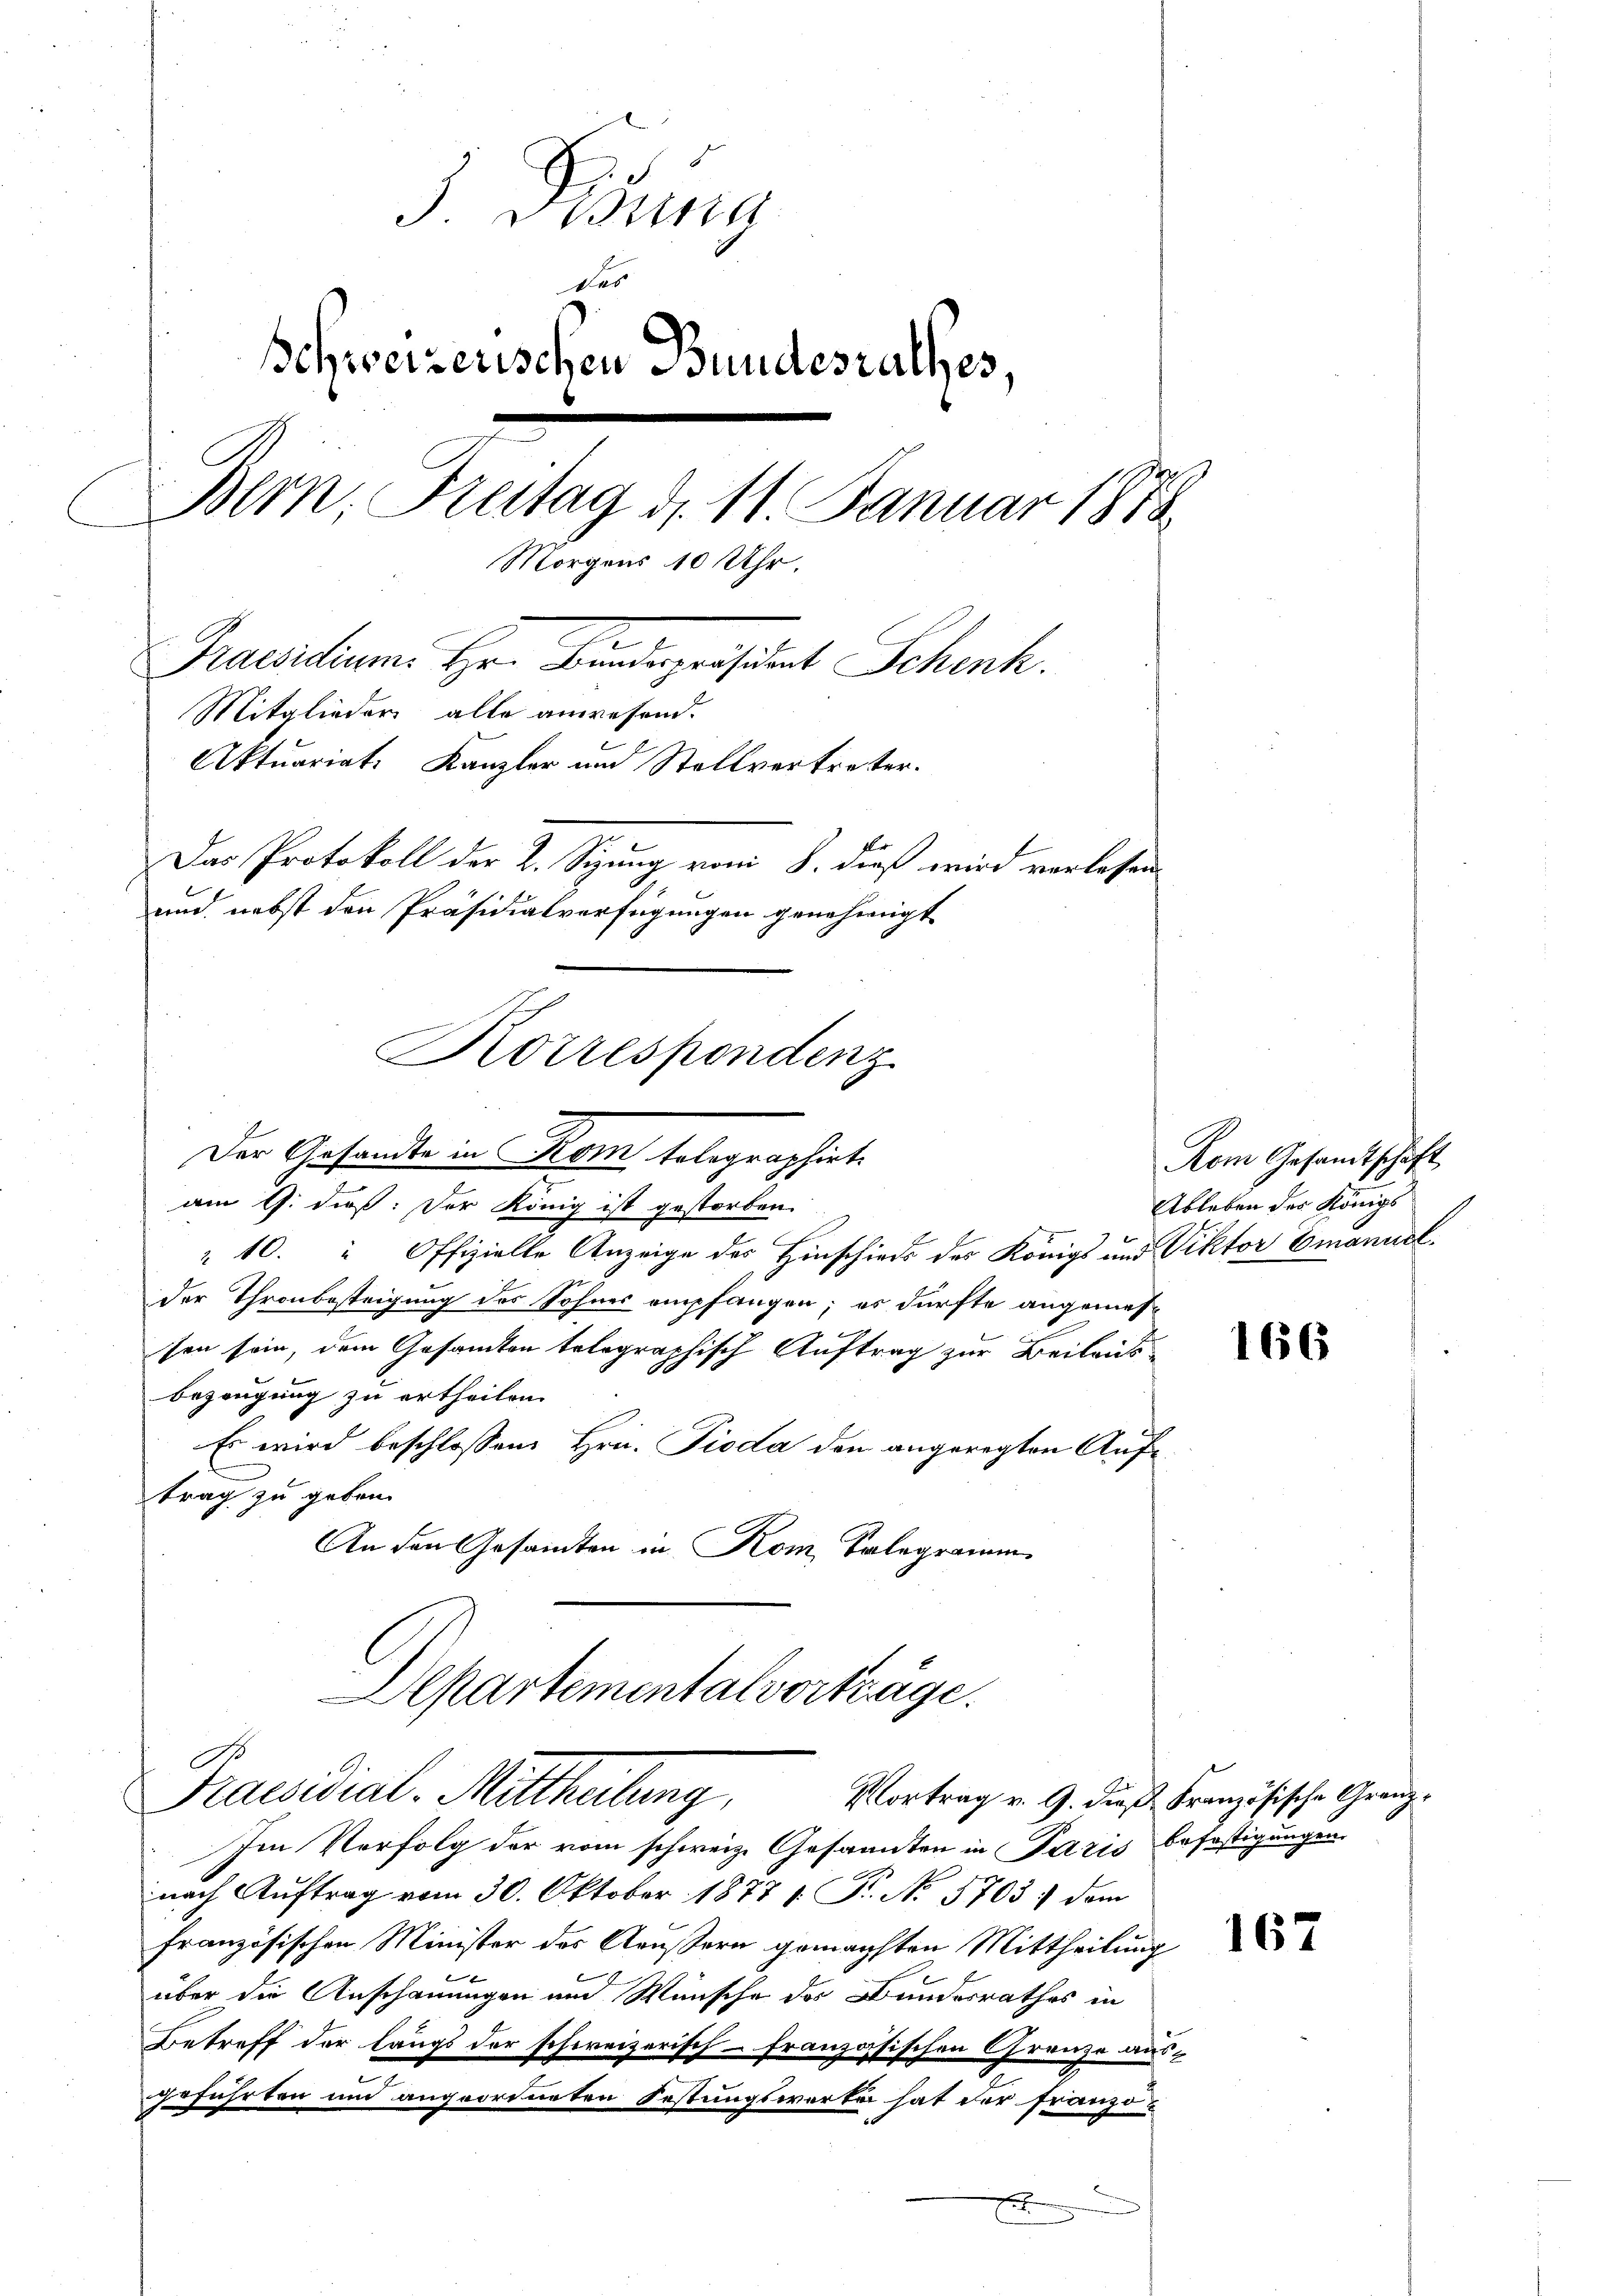
J. Bistung
des
schweizerischen Bundesrathes,
Bern. Freitag d. 11. Januar 1878
Morgens 10 Uhr.
Praesidium Hr. Banderpersitat Schenk.
Mitglieder alle anwesend.
Aktuariat Kanzler und Stellvertreter.
Das Protokoll der 2. Sizung vom 8. dieß wird verlesen
und nebst den Präsidialverfügungen genehmigt
Korrespondenz

Der Gesandte in Rom tolographirt.
am 9. dieß: Der König ist gestorben.
l
 10. " Offizielle Anzeige des Hinschieds des Königs und
der Thronbesteigung des Sohnes empfangen; es dürfte angemessen sein, dem Gesamten telegraphisch Auftrag zur Beilaus-
Bezeugung zu ertheilen.
Es wird beschlossene Hrn. Pioda den angeregten Auftrag zu geben.
An den Gesandten in Kom Talegramm
Departementalvorträge.

A
Praesidial-Mittheilung,
Im Verfolg der vom schweiz. Gesandten in Paris befestigungen

Vortrag v. 9. dieß Französische Granznach Auftrag vom 30. Oktober 18771. P. No 5703) dem
französischen Minister des Aeussern gemachten Mittheilung
über die Anschauungen und Wünsche des Bundesrathes in
Betreff der längs der schweizerisch-französischen Grenze aus-
geführten und angeordneten Festungswerke hat der franzö-
B
x

Kom Gesandtschaft
Ableben des Königs
Viktor Emanuel.

166

167